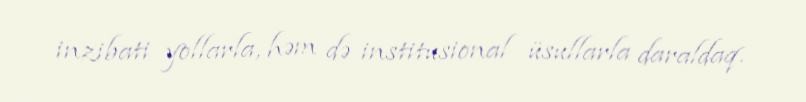
inzibati yollarla, həm də institusional üsullarla daraldaq.